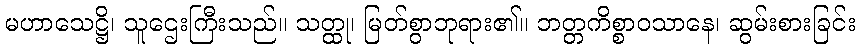
မဟာသေဋ္ဌိ၊ သူဌေးကြီးသည်။ သတ္ထု၊ မြတ်စွာဘုရား၏။ ဘတ္တကိစ္စာဝသာနေ၊ ဆွမ်းစားခြင်း